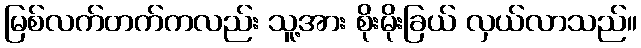
မြစ်လက်တက်ကလည်း သူ့အား စိုးမိုးခြယ် လှယ်လာသည်။